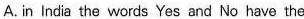
A. in lndia the words Yes and No have the